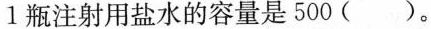
1 瓶注射用盐水的容量是 500 ( )。